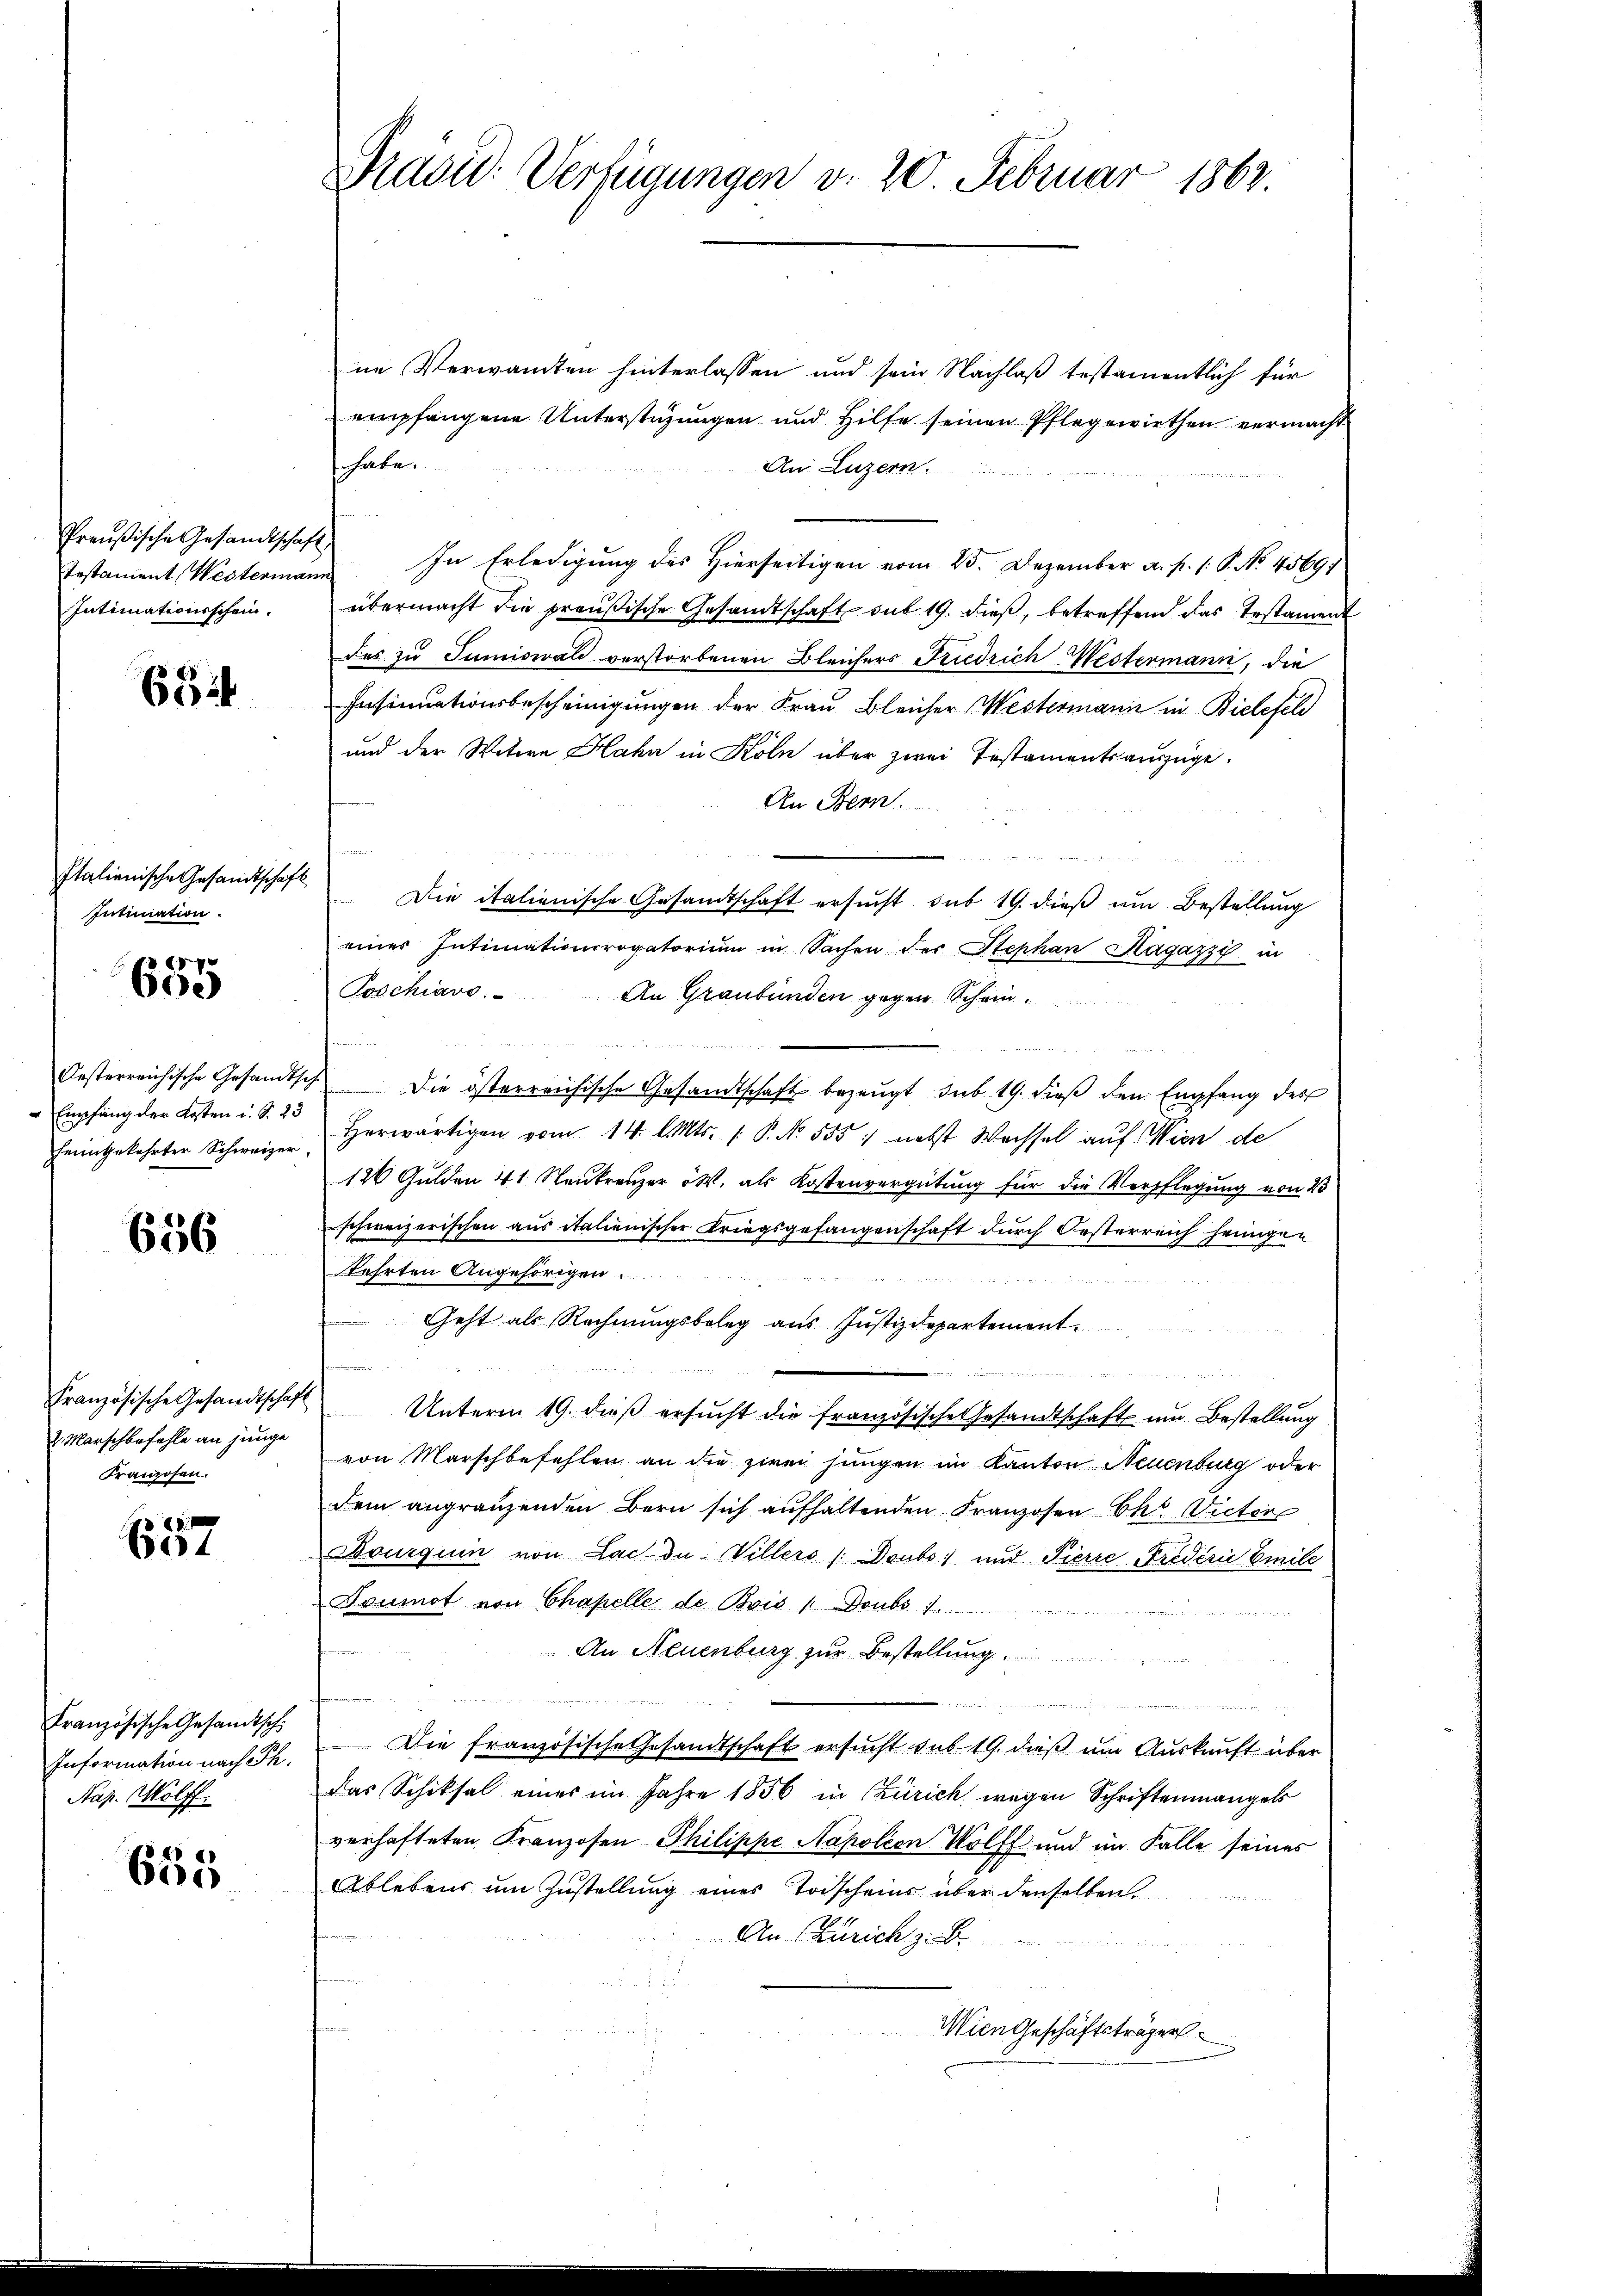
Testament (Westermann
Intimationsschein.

632

Italienische Gesandtschaft
Intimation.

657
00.)

Oesterreichische Gesandt,
Empfang der Kosten u. S. 23
heimgekehrter Schweizer

656

Französische Gesandtschaft
2 Marschbefehle an junge
Franzosen.

657

Französische Gesandtsch
Nap. Mölff.

655

Pradid. Verfügungen v. 20. Februar 1863.

ne Verwandten hinterlassen und sein Nachlaß testamentlich für
empfangene Unterstüzungen und Hilfe seinen Pflegewirthen vermacht
habe.
An Luzern.
Preußische Gesandtschaft In Erledigung des Hierseitigen vom 25. Dezember a. p. 1 S. No. 45691
übermacht die preußische Gesandtschaft sub 19. dieß, betreffend das Testament
Des zu Tumiswald verstorbenen Bleichers Friedrich Westermann, die
Insinuationsbescheinigungen der Frau Bleicher Westermann in Bielefeld
und der Witwe Hahn in Köln über zwei Testamentsauszüge.
An Bern.
Die italienische Gesandtschaft ersucht sub 19. dieß um Bestellung
einer Intimationsrogatorium in Sachen der Stephan Kagazzi in
Poschiavo,
An Graubünden gegen Schein
7ch. Die österreichische Gesandtschaft bezeugt, sub 19. dieβ den Empfang des
herwärtigen vom 14. l. Mts. P. No. 555. nebst Wechsel auf Wien de
e
126 Gulden 41 Neukreuzer W. als Kostenvergütung für die Verpflegung von 25
schweizerischen aus italienischer Kriegsgefangenschaft durch Oesterreich heimgen
kehrten Angehörigen
Geht als Rechnungsbelag aus Justizdepartement.
.
Unterm 19. dieβ ersŭcht die französische Gesandtschaft um Bestellung
von Marschbefehlen an die zwei jungen im Kanton Neuenburg oder
dem angränzenden Bern sich aufhaltenden Franzosen Chr. Victor
Bourquin von Lac- da Villers / Doubo) und Pierre Friderie Emile
Doumot von Chapelle de Bois / Doubs 7.
An Neuenburg zur Bestellung

u
Information nach Ph. Die französische Gesandtschaft ersŭcht sub 19. dieβ ŭm Aŭskaŭft über
das Schiksal eines im Jahre 1856 in Zürich wegen Schriftenmangels
verhafteten Franzosen Philippe Napoleon Wolff und im Falle seines
Ablebens ŭm Zŭstellŭng eines Todscheins über denselben
An Züricht z
Wien Geschäftsträger